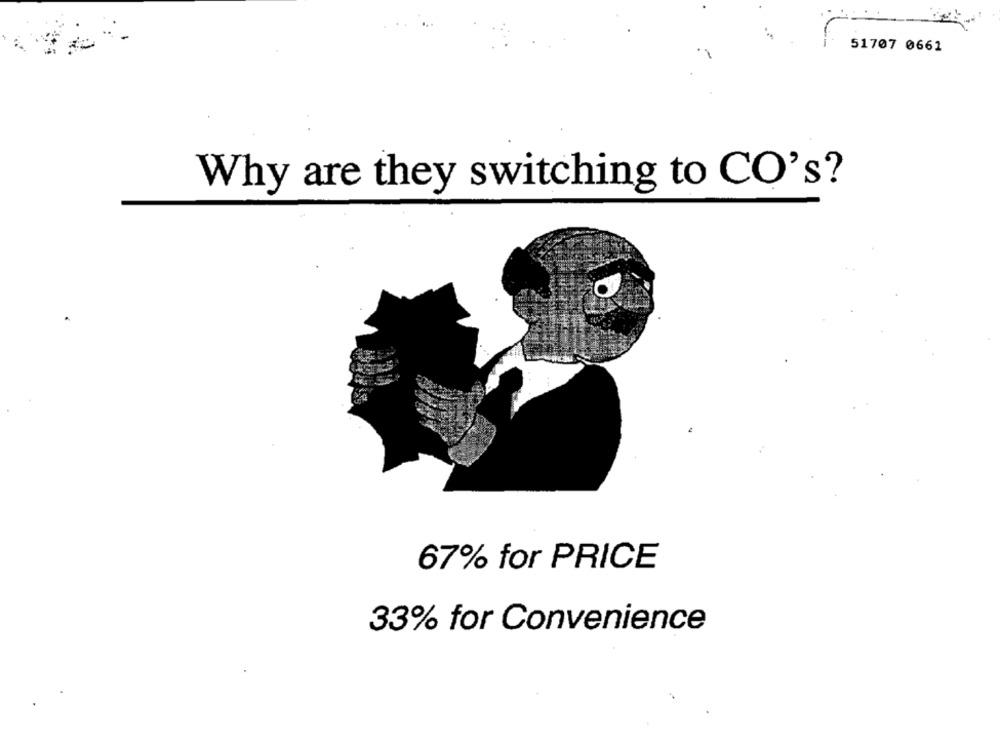
51707 0661
Why are they switching to CO's?
67% for PRICE
33% for Convenience